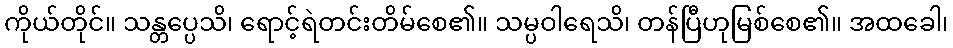
ကိုယ်တိုင်။ သန္တပ္ပေသိ၊ ရောင့်ရဲတင်းတိမ်စေ၏။ သမ္ပဝါရေသိ၊ တန်ပြီဟုမြစ်စေ၏။ အထခေါ၊